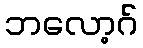
ဘလော့ဂ်